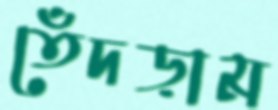
তেঁদড়াম